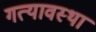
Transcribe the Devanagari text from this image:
गत्यावस्था